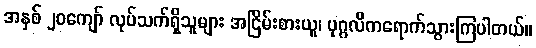
အနှစ် ၂၀ကျော် လုပ်သက်ရှိသူများ အငြိမ်းစားယူ၊ ပုဂ္ဂလိကရောက်သွားကြပါတယ်။